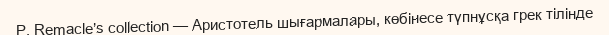
P. Remacle’s collection — Аристотель шығармалары, көбінесе түпнұсқа грек тілінде